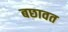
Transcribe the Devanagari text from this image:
बछावत